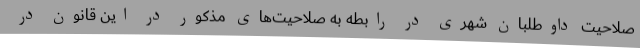
صلاحیت داوطلبان شهری در رابطه به صلاحیت‌های مذکور در این قانون در